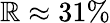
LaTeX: \mathbb{R}\approx31\%